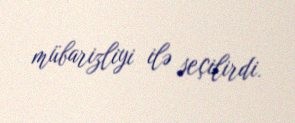
mübarizliyi ilə seçilirdi.